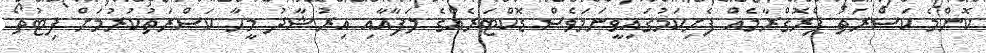
ކޮންމެ ކަސްރަތު ޕްރޮގްރާމެއް ފެށިކަމުގައިވީނަމަވެސް ޑޮކްޓަރެއްގެ ލަފާއާއި އިރުޝާދު މީހާ ކަސްރަތުކުރުމަށް ފިޓުތޯ